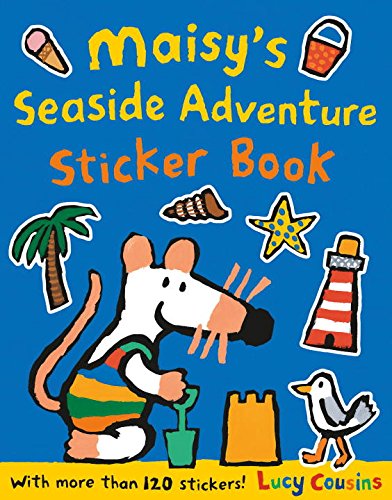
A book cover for Maisy's Seaside Adventure Sticker Book; Lucy Cousins; Children's Books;